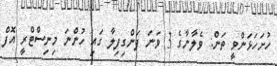
ހުށަހަޅަންވީ ތަން: ވެލާނާގެ 3 ވަނަ ފަންގިފިލާ ގައި ހުންނަ މިނިސްޓްރީ އޮފް